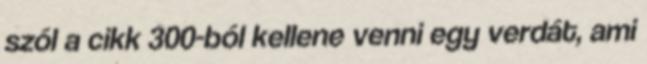
szól a cikk 300-ból kellene venni egy verdát, ami